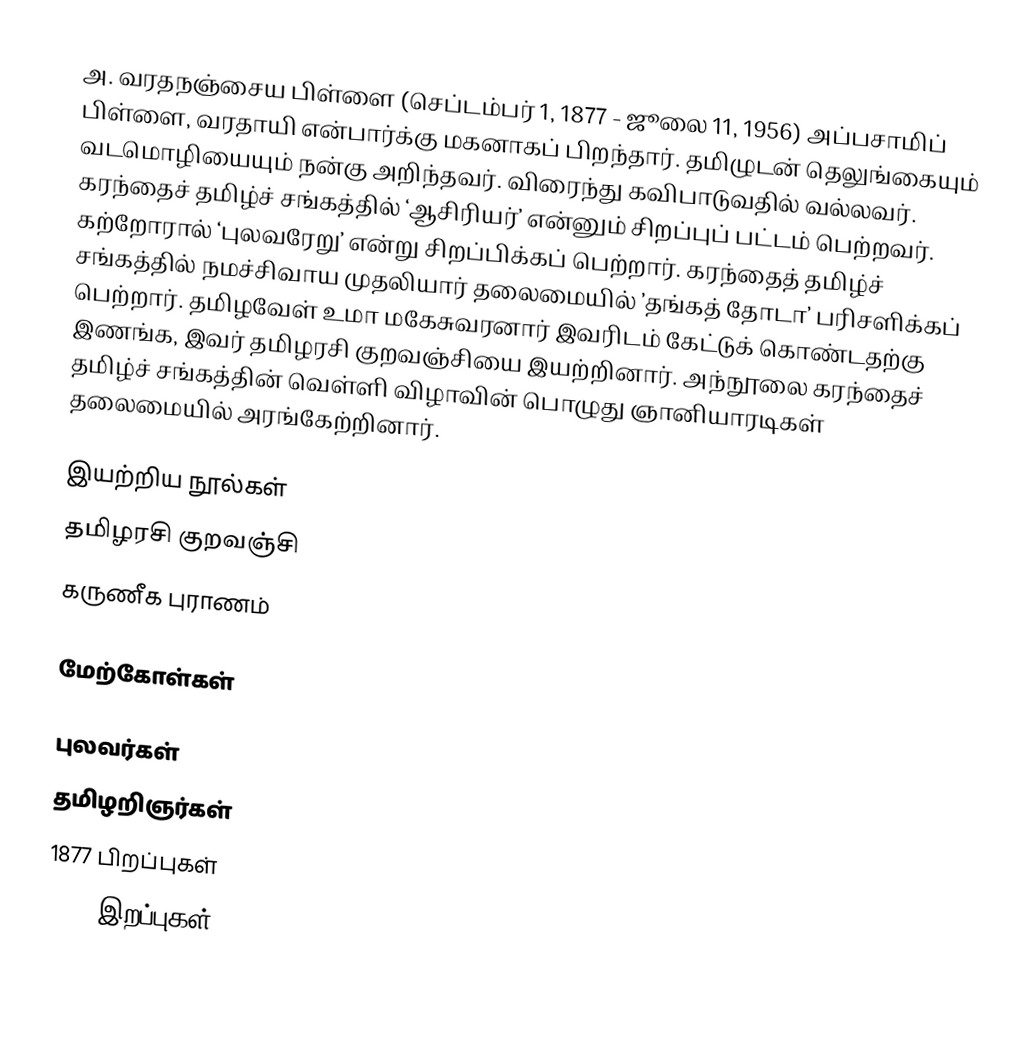
அ. வரதநஞ்சைய பிள்ளை (செப்டம்பர் 1, 1877 - ஜூலை 11, 1956) அப்பசாமிப் பிள்ளை, வரதாயி என்பார்க்கு மகனாகப் பிறந்தார். தமிழுடன் தெலுங்கையும் வடமொழியையும் நன்கு அறிந்தவர். விரைந்து கவிபாடுவதில் வல்லவர். கரந்தைச் தமிழ்ச் சங்கத்தில் ‘ஆசிரியர்’ என்னும் சிறப்புப் பட்டம் பெற்றவர். கற்றோரால் ‘புலவரேறு’ என்று சிறப்பிக்கப் பெற்றார். கரந்தைத் தமிழ்ச் சங்கத்தில் நமச்சிவாய முதலியார் தலைமையில் ’தங்கத் தோடா’  பரிசளிக்கப் பெற்றார். தமிழவேள் உமா மகேசுவரனார் இவரிடம் கேட்டுக் கொண்டதற்கு இணங்க, இவர் தமிழரசி குறவஞ்சியை இயற்றினார். அந்நூலை கரந்தைச் தமிழ்ச் சங்கத்தின் வெள்ளி விழாவின் பொழுது ஞானியாரடிகள் தலைமையில் அரங்கேற்றினார்.

இயற்றிய நூல்கள்
 தமிழரசி குறவஞ்சி
 கருணீக புராணம்

மேற்கோள்கள்

புலவர்கள்
தமிழறிஞர்கள்
1877 பிறப்புகள்
1956 இறப்புகள்